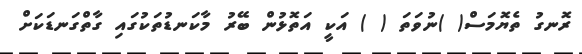
ރޮނގު ތެޔޮމަސް( )ނުވަތަ ( ) އަކީ އަތޮޅުން ބޭރު މާކަނޑުތަކުގައި ގާތްގަނޑަކަށް